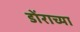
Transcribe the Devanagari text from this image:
डोंराच्या